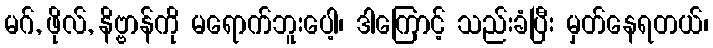
မဂ်, ဖိုလ်, နိဗ္ဗာန်ကို မရောက်ဘူးပေါ့၊ ဒါကြောင့် သည်းခံပြီး မှတ်နေရတယ်၊